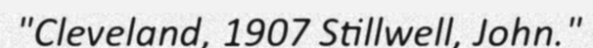
"Cleveland, 1907 Stillwell, John."